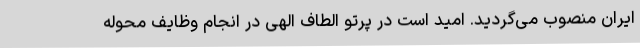
ایران منصوب می‌گردید. امید است در پرتو الطاف الهی در انجام وظایف محوله